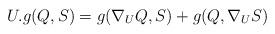
LaTeX: \begin{align*}U.g(Q,S) = g(\nabla_U Q,S) + g(Q,\nabla_U S) \end{align*}